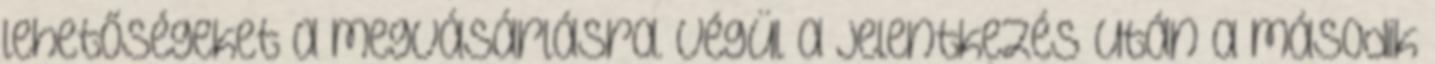
lehetőségeket a megvásárlásra. Végül a jelentkezés után a második